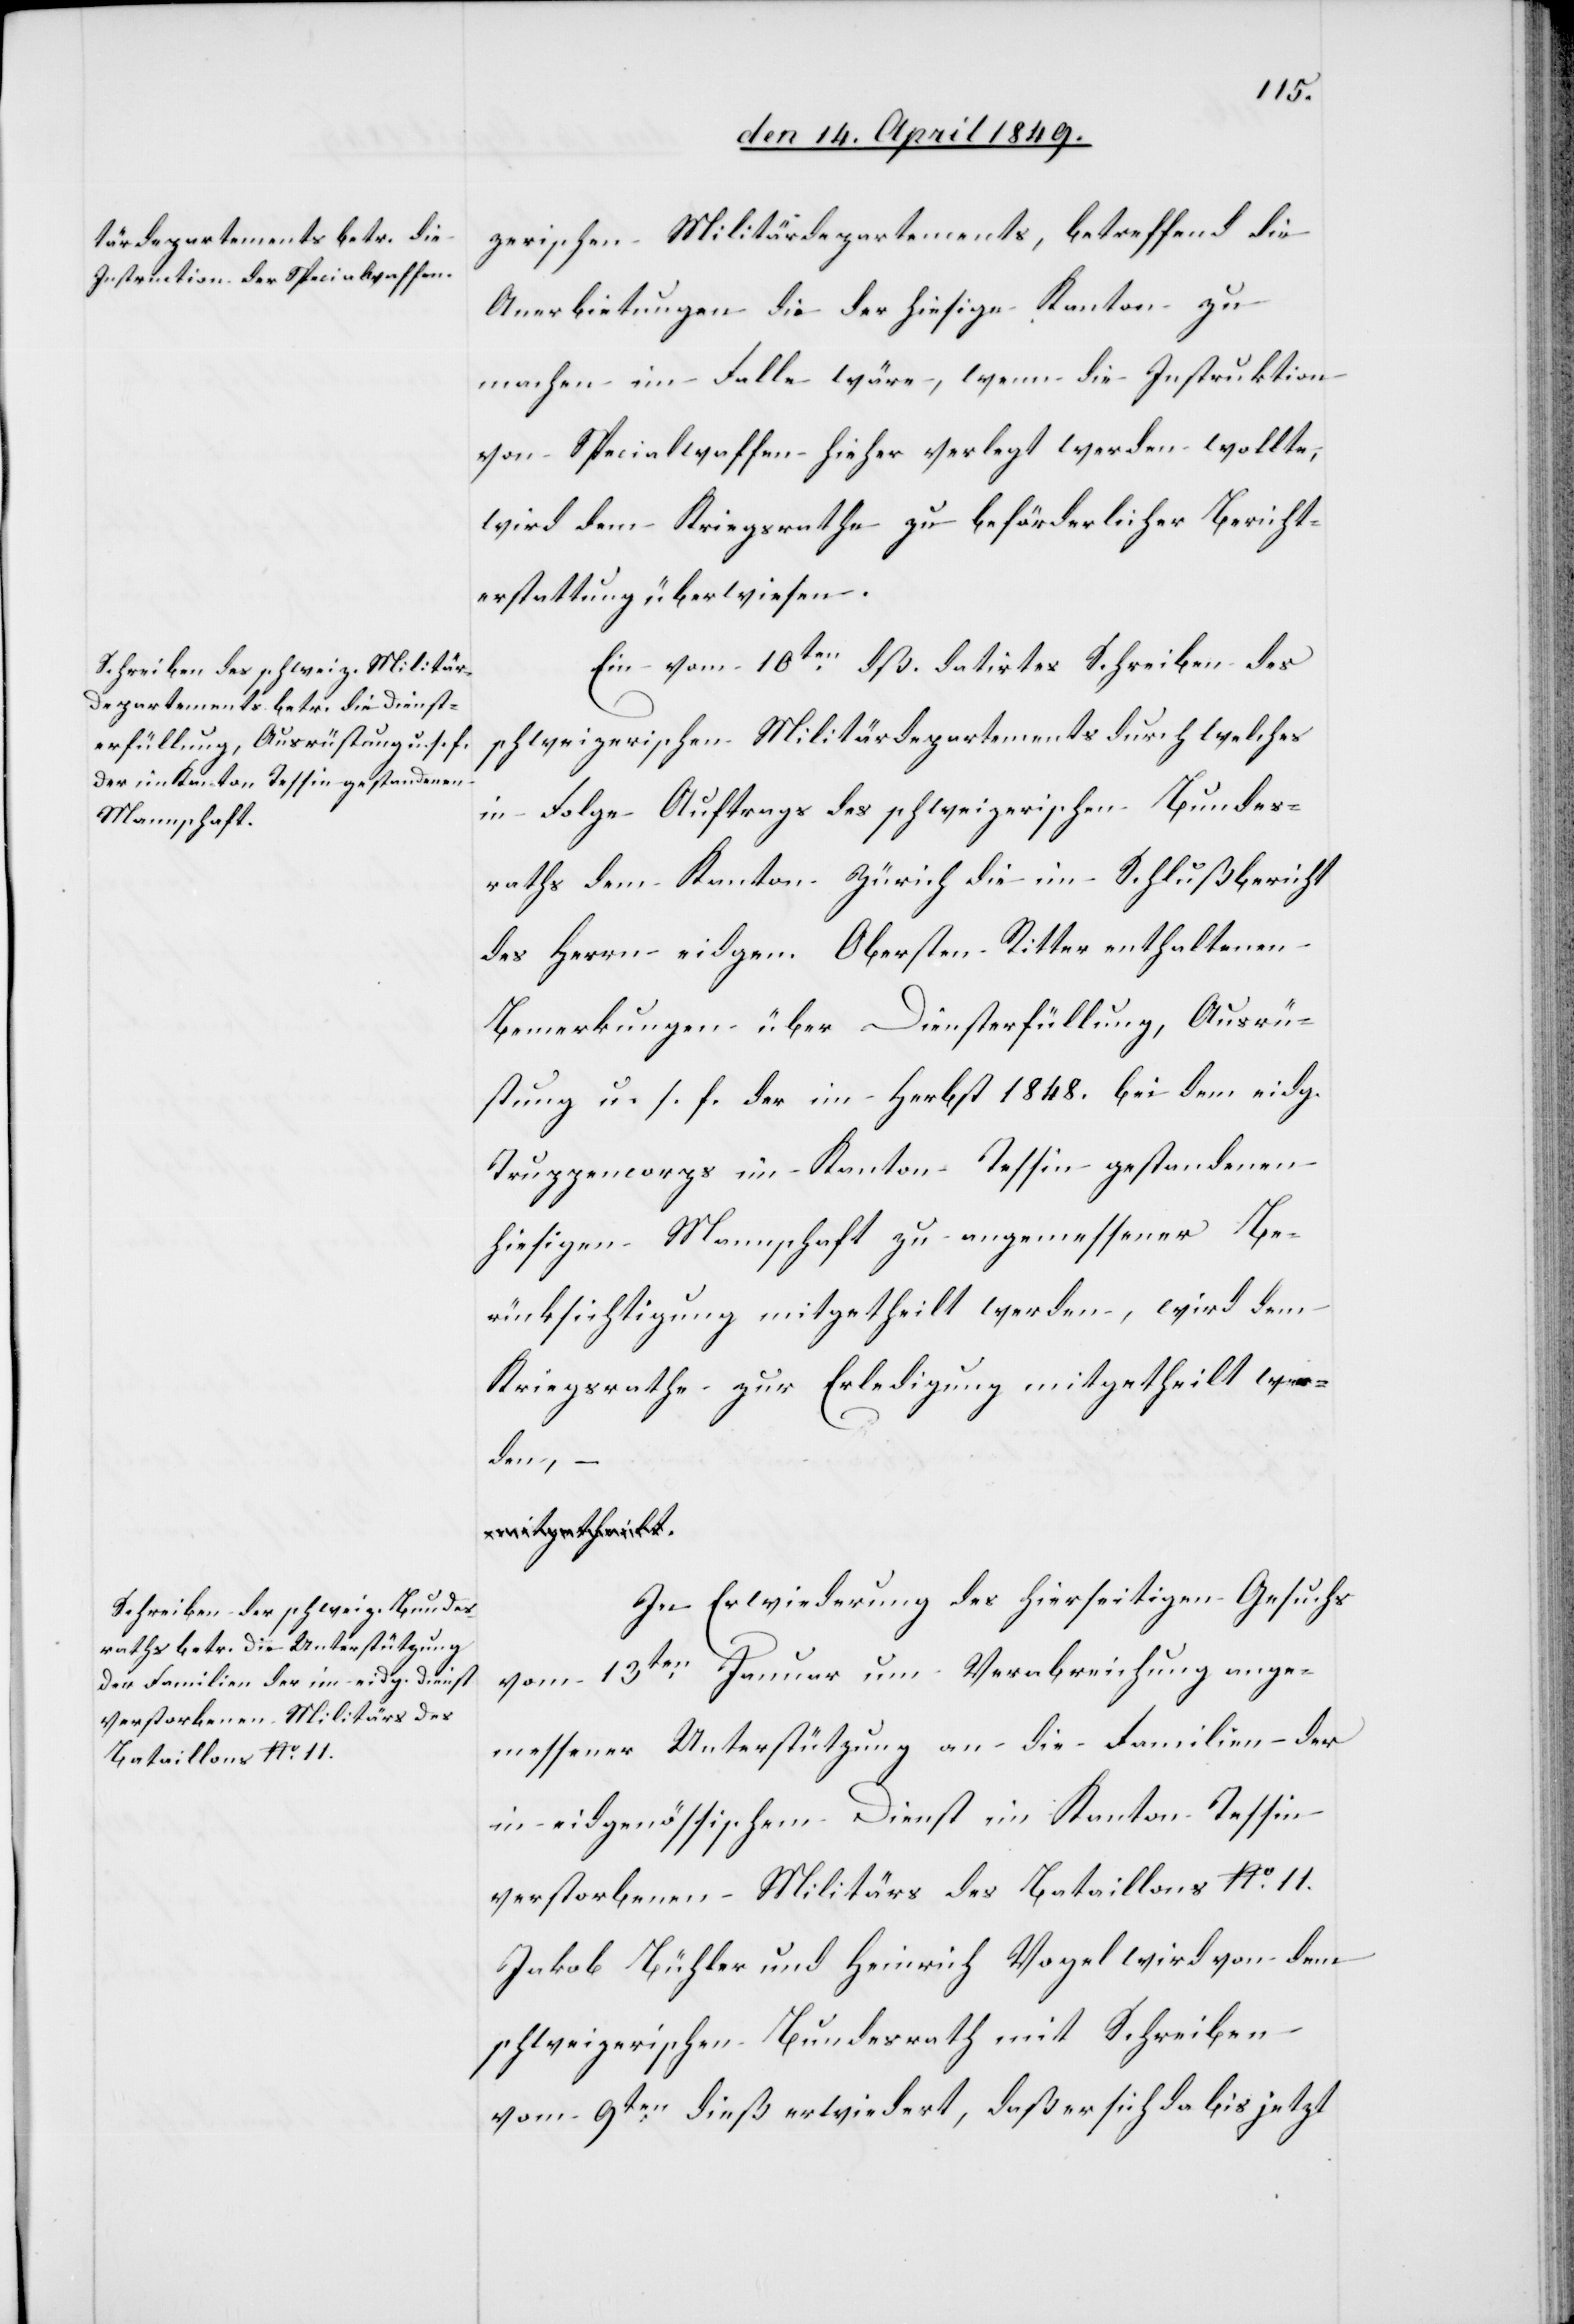
verstorbenen Militärs des
Bataillons No 11.

zerischen Militärdepartements, betreffend die
Anerbietungen die der hiesige Kanton zu
machen im Falle wäre, wenn die Instruktion
von Specialwaffen hieher verlegt werden wollte,
wird dem Kriegsrathe zu beförderlicher Bericht¬
erstattung überwiesen.
Ein vom 10ten dß. datirtes Schreiben des
schweizerischen Militärdepartements durch welches
in Folge Auftrags des schweizerischen Bundes¬
raths dem Kanton Zürich die im Schlußbericht
des Herrn eidgen. Obersten Ritter enthaltenen
Bemerkungen über Diensterfüllung, Ausrü¬
stung u. s. f. der im Herbst 1848. bei dem eidg.
Truppencorps im Kanton Tessin gestandenen
hiesigen Mannschaft zu angemessener Be¬
rücksichtigung mitgetheilt werden, wird dem
Kriegsrathe zur Erledigung mitgetheilt wer¬
den, –
In Erwiederung des hierseitigen Gesuchs
vom 13ten Januar um Verabreichung ange¬
messener Unterstützung an die Familien der
in eidgenössischem Dienst im Kanton Tessin
Jakob Bühler und Heinrich Vogel wird von dem
schweizerischen Bundesrath mit Schreiben
vom 9ten dieß erwiedert, daß er sich da bis jetzt